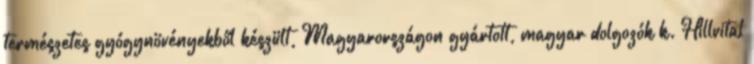
természetes gyógynövényekből készült, Magyarországon gyártott, magyar dolgozók k. Hillvital